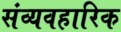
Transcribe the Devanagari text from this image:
संव्यवहारिक